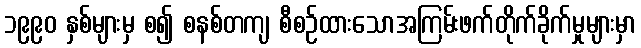
၁၉၉၀ နှစ်များမှ စ၍ စနစ်တကျ စီစဉ်ထားသောအကြမ်းဖက်တိုက်ခိုက်မှုများမှာ